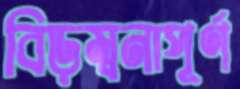
বিড়ম্বনাপূর্ণ